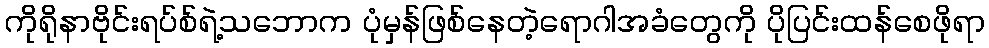
ကိုရိုနာဗိုင်းရပ်စ်ရဲ့သဘောက ပုံမှန်ဖြစ်နေတဲ့ရောဂါအခံတွေကို ပိုပြင်းထန်စေဖိုရာ